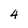
Character: 4